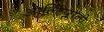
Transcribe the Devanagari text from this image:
आल्टिप्लानो